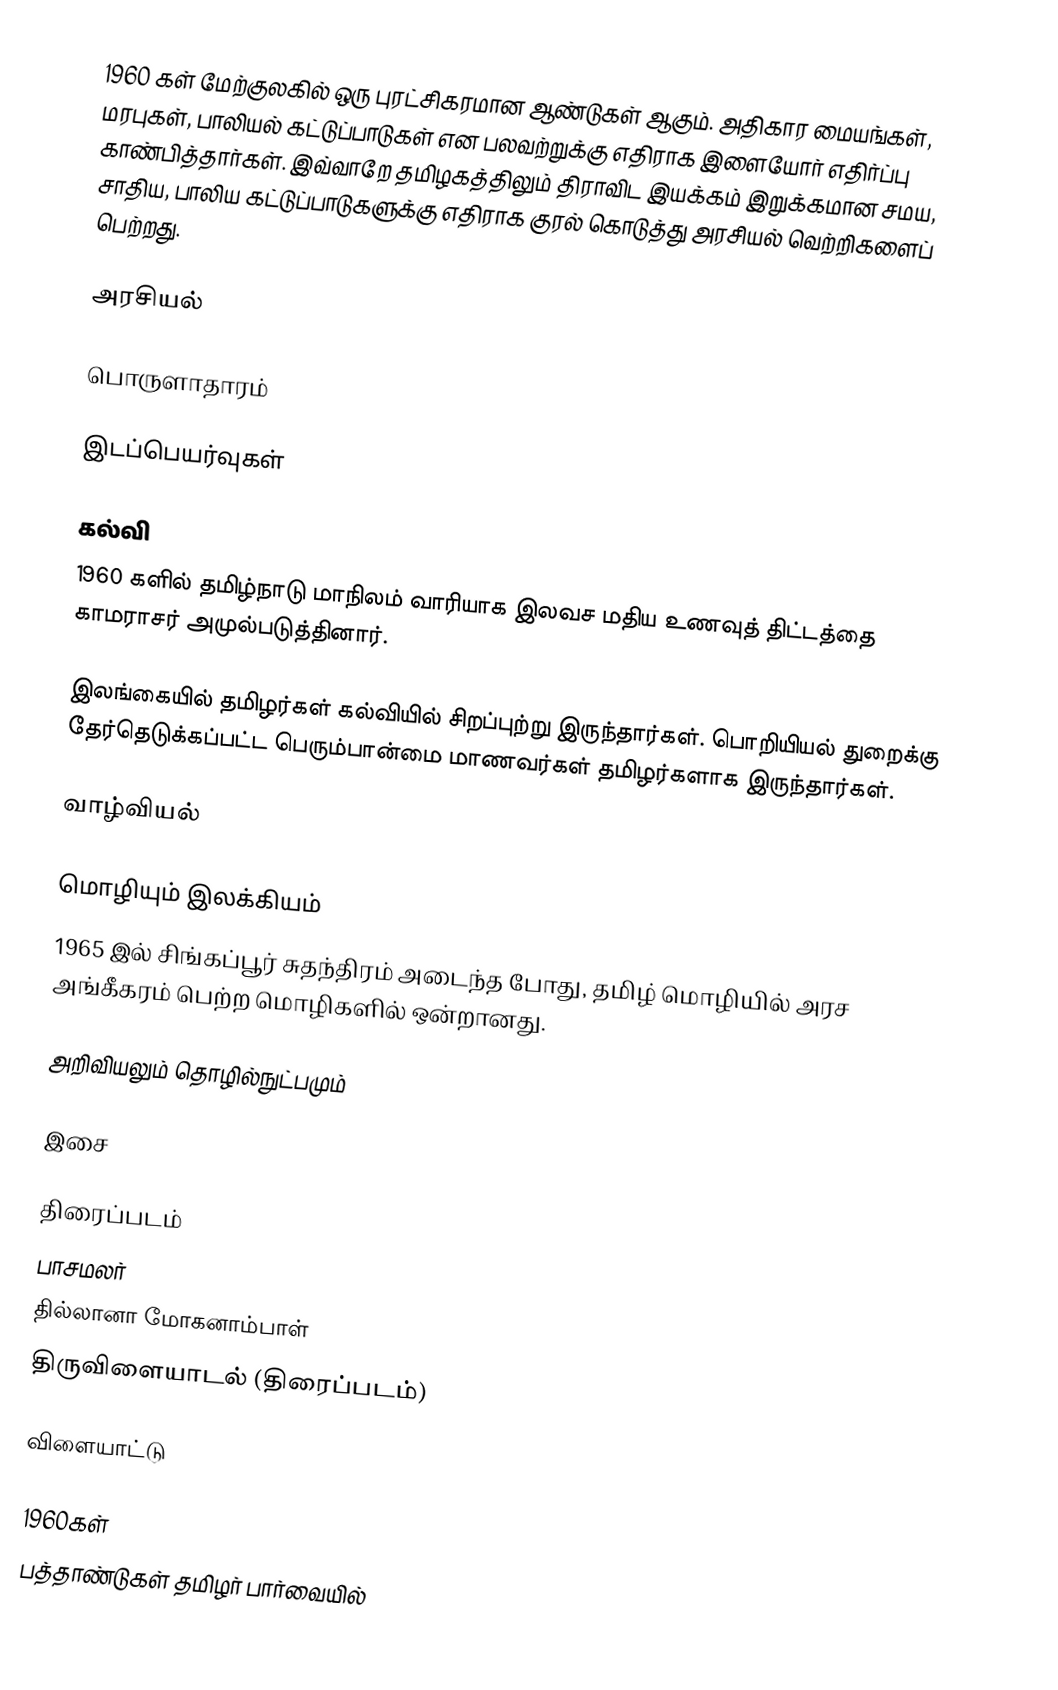
1960 கள் மேற்குலகில் ஒரு புரட்சிகரமான ஆண்டுகள் ஆகும்.  அதிகார மையங்கள், மரபுகள், பாலியல் கட்டுப்பாடுகள் என பலவற்றுக்கு எதிராக இளையோர் எதிர்ப்பு காண்பித்தார்கள்.  இவ்வாறே தமிழகத்திலும் திராவிட இயக்கம் இறுக்கமான சமய, சாதிய, பாலிய கட்டுப்பாடுகளுக்கு எதிராக குரல் கொடுத்து அரசியல் வெற்றிகளைப் பெற்றது.

அரசியல்

பொருளாதாரம்

இடப்பெயர்வுகள்

கல்வி
1960 களில் தமிழ்நாடு மாநிலம் வாரியாக இலவச மதிய உணவுத் திட்டத்தை காமராசர் அமுல்படுத்தினார்.

இலங்கையில் தமிழர்கள் கல்வியில் சிறப்புற்று இருந்தார்கள்.  பொறியியல் துறைக்கு தேர்தெடுக்கப்பட்ட பெரும்பான்மை மாணவர்கள் தமிழர்களாக இருந்தார்கள்.

வாழ்வியல்

மொழியும் இலக்கியம்
 1965 இல் சிங்கப்பூர் சுதந்திரம் அடைந்த போது, தமிழ் மொழியில் அரச அங்கீகரம் பெற்ற மொழிகளில் ஒன்றானது.

அறிவியலும் தொழில்நுட்பமும்

இசை

திரைப்படம்
 பாசமலர்
 தில்லானா மோகனாம்பாள்
 திருவிளையாடல் (திரைப்படம்)

விளையாட்டு

1960கள்
பத்தாண்டுகள் தமிழர் பார்வையில்